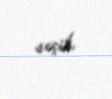
seçib.